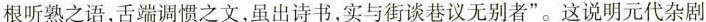
根听熟之语，舌端调惯之文，虽出诗书，实与街谈巷议无别者”。这说明元代杂剧